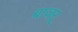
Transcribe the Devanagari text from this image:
बाजर्